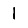
Digit: 1